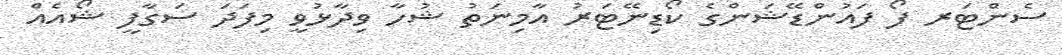
ސެންޓަރ ފޯ ފައުންޑޭޝަންގެ ކޯޑިނޭޓަރު އާމިނަތު ޝުހާ ވިދާޅުވީ މިފަދަ ސަގާފީ ޝޯއެއް